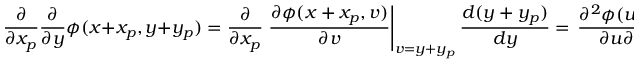
\frac { \partial } { \partial x _ { p } } \frac { \partial } { \partial y } \phi ( x + x _ { p } , y + y _ { p } ) = \frac { \partial } { \partial x _ { p } } \left. \frac { \partial \phi ( x + x _ { p } , v ) } { \partial v } \right| _ { v = y + y _ { p } } \frac { d ( y + y _ { p } ) } { d y } = \left. \frac { \partial ^ { 2 } \phi ( u , v ) } { \partial u \partial v } \right| _ { u = x + x _ { p } , v = y + y _ { p } }